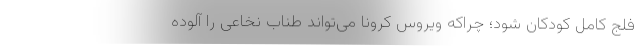
فلج کامل کودکان شود؛ چراکه ویروس کرونا می‌تواند طناب نخاعی را آلوده